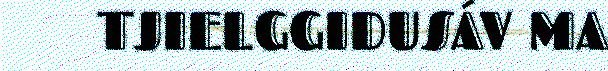
TJIELGGIDUSÁV MA